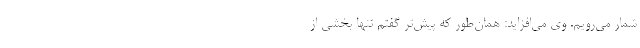
شمار می‌رویم. وی می‌افزاید: همان‌طور که پیش‌تر گفتم تنها بخشی از